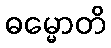
ဓမ္မောတိ